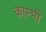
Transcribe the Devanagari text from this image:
काम्भी